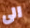
الى